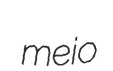
meio